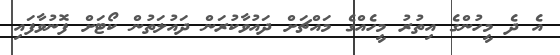
އެ ދެ މީހުންގެ އިތުރު މީހެއްގެ މައްޗަށް ދައުވާކުރަން ދައުލަތުން ކޯޓަށް ފޮނުވާފައި